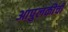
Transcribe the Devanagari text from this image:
आपुलकीची